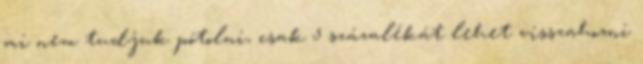
mi nem tudjuk pótolni, csak 5 százalékát lehet visszahozni